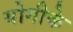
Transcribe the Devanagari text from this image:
योगीके